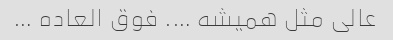
عالی مثل همیشه …. فوق العاده …